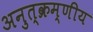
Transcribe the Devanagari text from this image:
अनुत्क्रम्णीय